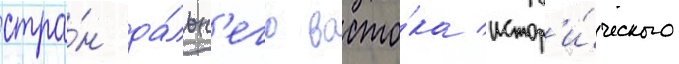
стра́н да́льн'его восто́ка истор'и́ческого